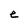
Character: e